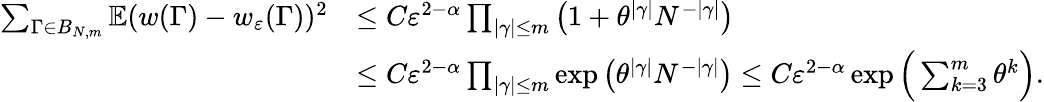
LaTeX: \begin{array}{rl}{\sum_{\Gamma\in B_{N,m}}\mathbb E(w(\Gamma)-w_{\varepsilon}(\Gamma))^{2}}&{\le C\varepsilon^{2-\alpha}\prod_{|\gamma|\le m}\big(1+\theta^{|\gamma|}N^{-|\gamma|}\big)}\\ &{\le C\varepsilon^{2-\alpha}\prod_{|\gamma|\le m}\exp\big(\theta^{|\gamma|}N^{-|\gamma|}\big)\le C\varepsilon^{2-\alpha}\exp\Big(\sum_{k=3}^{m}\theta^{k}\Big).}\end{array}